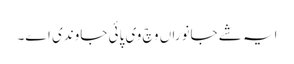
ایہ شے جانوراں وچ وی پائی جاوندی اے۔